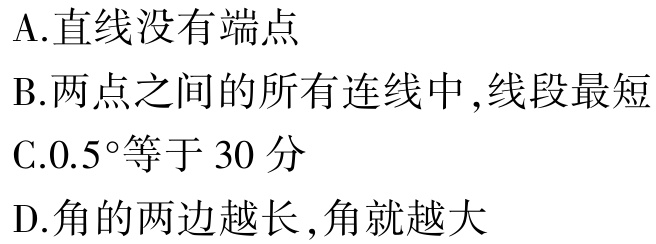
A.直线没有端点

B.两点之间的所有连线中,线段最短

C.0.5°等于 30 分

D.角的两边越长,角就越大